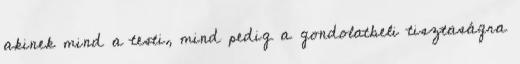
akinek mind a testi, mind pedig a gondolatbeli tisztaságra